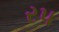
ર૫